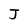
Character: J